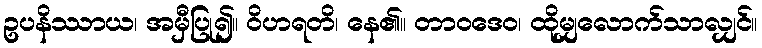
ဥပနိဿာယ၊ အမှီပြု၍။ ဝိဟရတိ၊ နေ၏။ တာဝဒေဝ၊ ထိုမျှလောက်သာလျှင်။